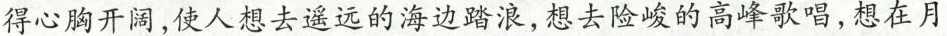
得心胸开阔，使人想去遥远的海边踏浪，想去险峻的高峰歌唱，想在月